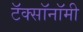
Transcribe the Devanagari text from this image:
टॅक्सॉनॉमी